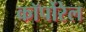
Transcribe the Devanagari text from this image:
कॉर्पोरेल